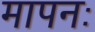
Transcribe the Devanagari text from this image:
मापनः